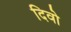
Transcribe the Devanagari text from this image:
दिवो